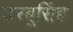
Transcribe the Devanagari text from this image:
दरबूसिंह